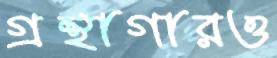
গ্রন্থাগারও